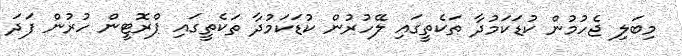
މިބަލި ޖެހުމުން ކުޑަކަމުދާ ތަކެތީގައި ލޭހުރުން ކުޑަކަމުދާ ތަކެތީގައި ޕްރޮޓީން ހުރުން ފަދަ